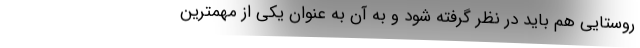
روستایی هم باید در نظر گرفته شود و به آن به عنوان یکی از مهمترین